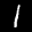
Label: 1